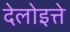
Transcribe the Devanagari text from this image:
देलोइत्ते